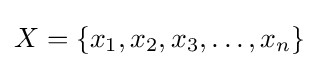
X=\{x_{1},x_{2},x_{3},\dots ,x_{n}\}